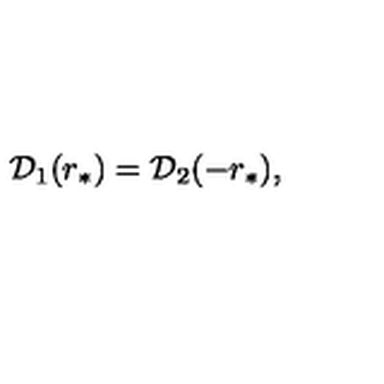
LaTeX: { \cal D } _ { 1 } ( r _ { * } ) = { \cal D } _ { 2 } ( - r _ { * } ) ,